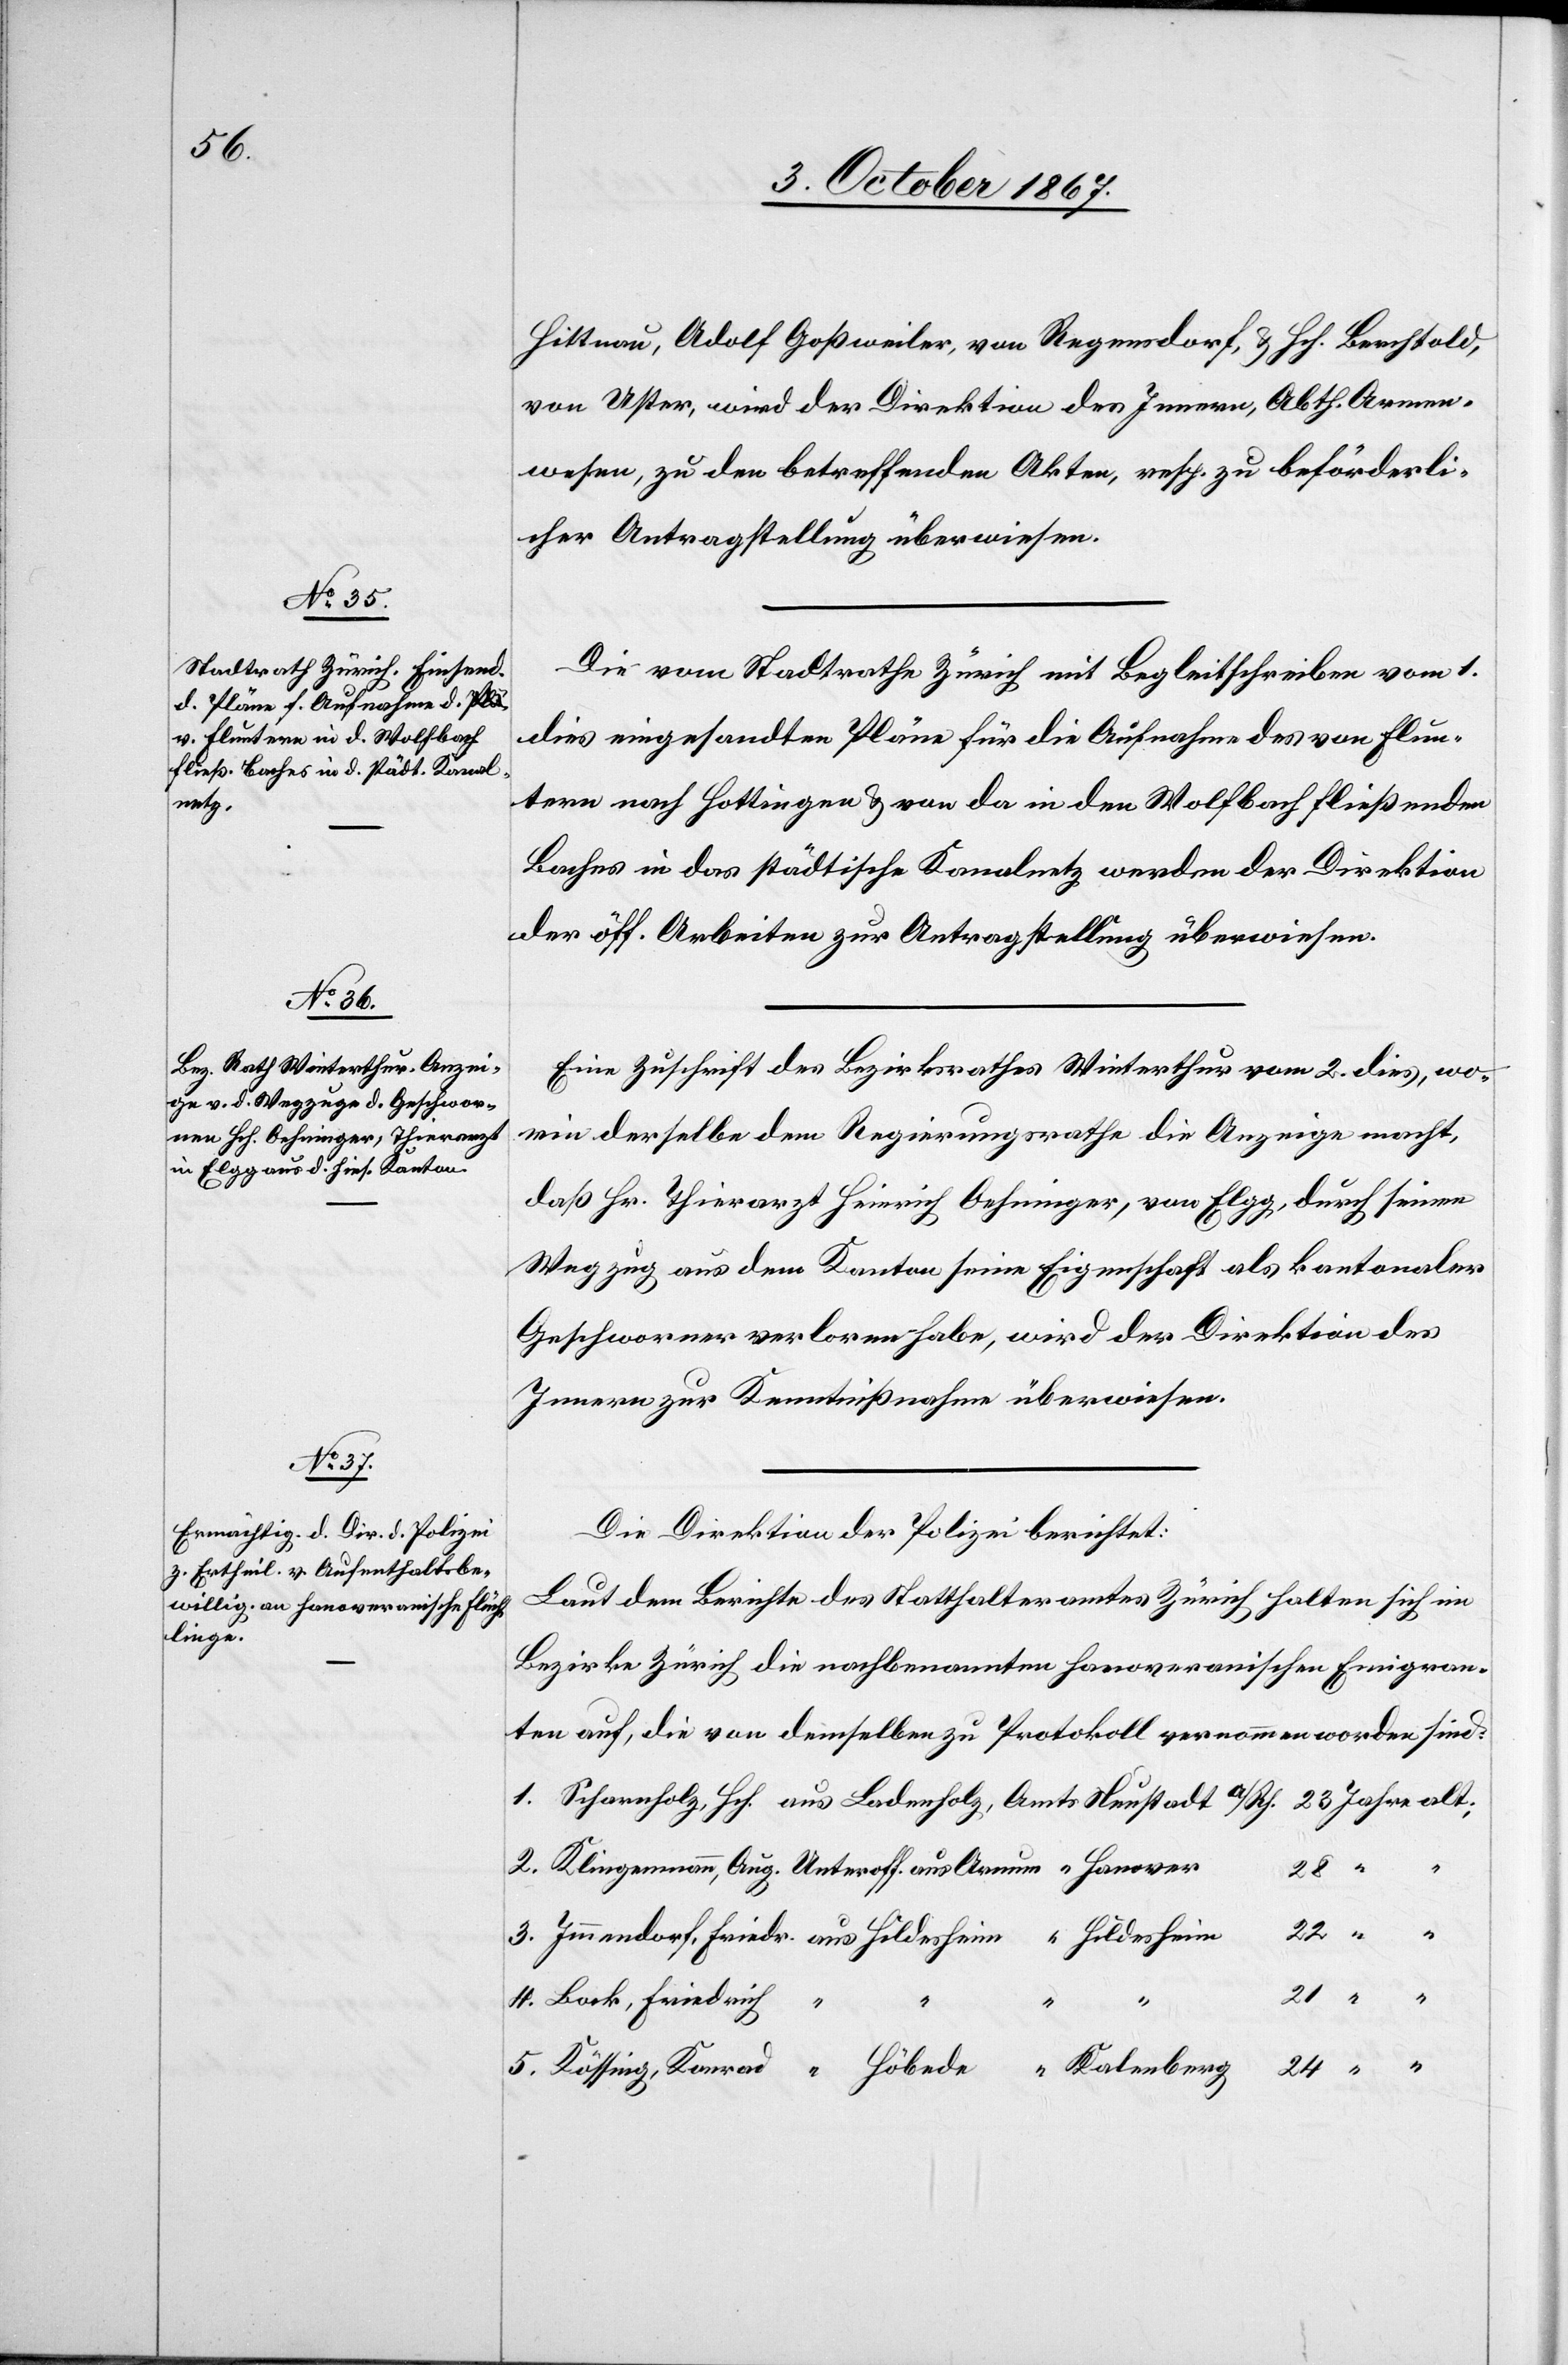
Klinge¬

4. October 1867.]
Hittnau, Adolf Goßweiler, von Regensdorf, u. Hch. Berchtold,
von Uster, wird der Direktion des Innern, Abth. Armen¬
wesen, zu den betreffenden Akten, resp. zu beförderli¬
cher Antragstellung überwiesen.
Die vom Stadtrathe Zürich mit Begleitschreiben vom 1.
dies eingesandten Pläne für die Aufnahme des von Flun¬
tern nach Hottingen u. von da in den Wolfbach fließenden
Baches in das städtische Kanalnetz werden der Direktion
der öff. Arbeiten zur Antragstellung überwiesen.
Eine Zuschrift des Bezirksrathes Winterthur vom 2. dies, wo¬
rin derselbe dem Regierungsrathe die Anzeige macht,
daß Hr. Thierarzt Heinrich Oehninger, von Elgg, durch seinen
Wegzug aus dem Kanton seine Eigenschaft als kantonaler
Geschworner verloren habe, wird der Direktion des
Innern zur Kenntnißnahme überwiesen.
Die Direktion der Polizei berichtet:
Laut dem Berichte des Statthalteramtes Zürich halten sich im
Bezirke Zürich die nachbenannten hanoveranischen Emigran¬
ten auf, die von demselben zu Protokoll genommen worden sind:
“
24
“
erg
Bock, Friedrich